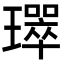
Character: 𤪛